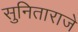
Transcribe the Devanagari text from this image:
सुनिताराजे